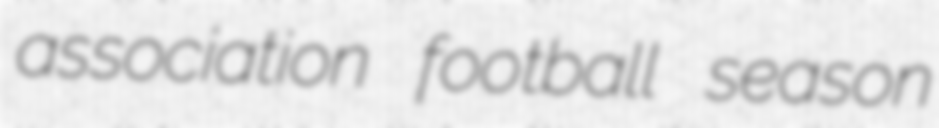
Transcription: association football season